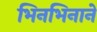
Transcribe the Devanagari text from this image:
भिनभिनाने